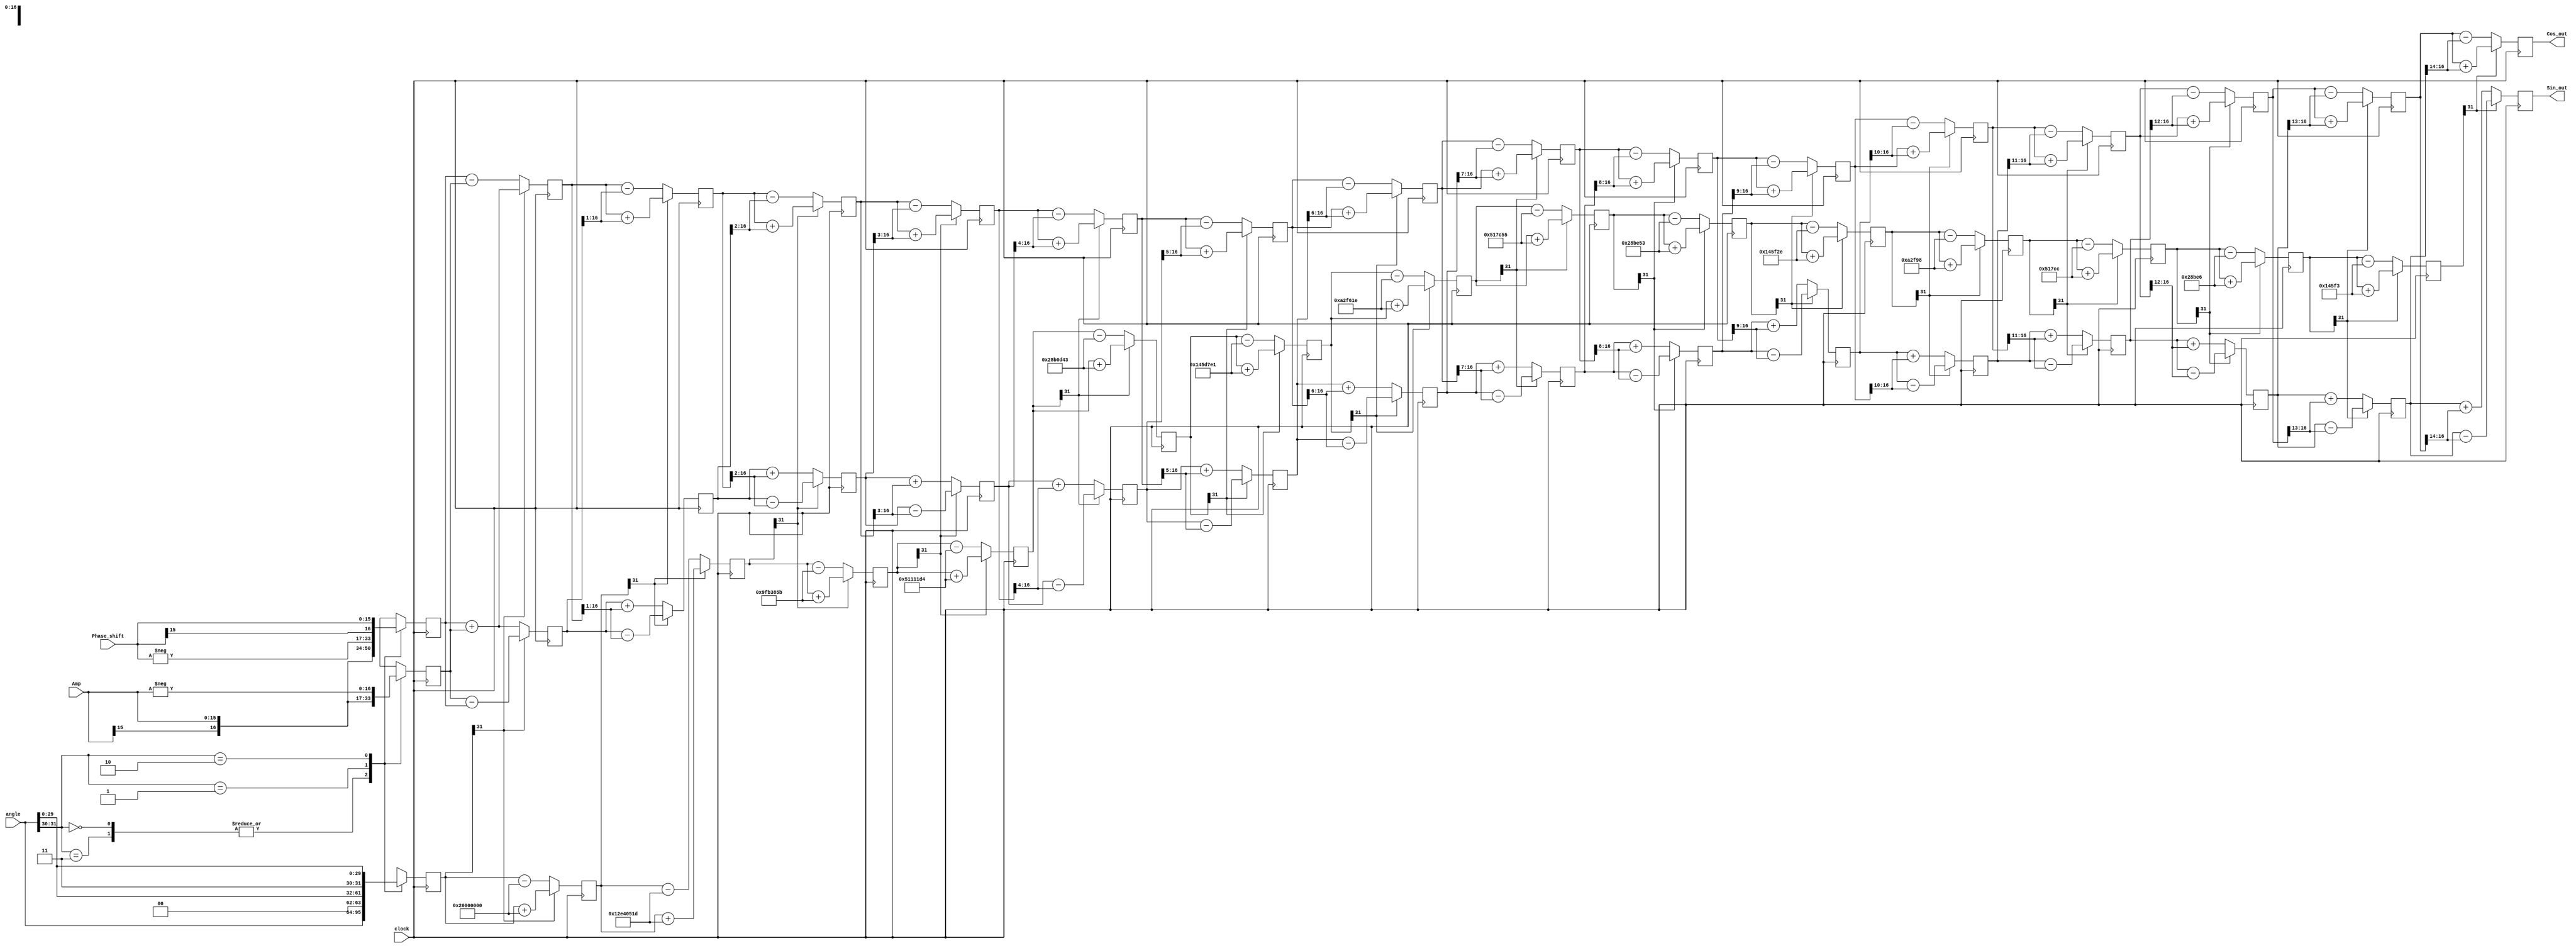
/*
Copyright (c) 2014-2022 Luiz Carlos Gili

Permission is hereby granted, free of charge, to any person obtaining a copy
of this software and associated documentation files (the "Software"), to deal
in the Software without restriction, including without limitation the rights
to use, copy, modify, merge, publish, distribute, sublicense, and/or sell
copies of the Software, and to permit persons to whom the Software is
furnished to do so, subject to the following conditions:

The above copyright notice and this permission notice shall be included in
all copies or substantial portions of the Software.

THE SOFTWARE IS PROVIDED "AS IS", WITHOUT WARRANTY OF ANY KIND, EXPRESS OR
IMPLIED, INCLUDING BUT NOT LIMITED TO THE WARRANTIES OF MERCHANTABILITY
FITNESS FOR A PARTICULAR PURPOSE AND NONINFRINGEMENT. IN NO EVENT SHALL THE
AUTHORS OR COPYRIGHT HOLDERS BE LIABLE FOR ANY CLAIM, DAMAGES OR OTHER
LIABILITY, WHETHER IN AN ACTION OF CONTRACT, TORT OR OTHERWISE, ARISING FROM,
OUT OF OR IN CONNECTION WITH THE SOFTWARE OR THE USE OR OTHER DEALINGS IN
THE SOFTWARE.
*/

// Language: Verilog 2001

`timescale 1 ns/100 ps
// angle 0 -> pi == 0 -> (1 << 32)
// 0 is -> pi/2 == (1 << 32) is -> pi/2  
module cordic(clock, angle, Amp, Phase_shift, Cos_out, Sin_out);
   
   parameter DATA_WIDTH = 16;   // bit width of input and output data
   
   localparam STG = DATA_WIDTH ; // similar bit width of vectors X and Y
   
   input            clock;
   
   input  signed    [31:0] angle;
   input  signed    [DATA_WIDTH -1:0] Amp;
   input  signed    [DATA_WIDTH -1:0] Phase_shift;
   output signed    [DATA_WIDTH :0] Cos_out;
   output signed    [DATA_WIDTH :0] Sin_out;
   
   //arctan_table
   
   // Note: The atan_table was chosen to be 31 bits wide giving resolution up to atan(2^-30)
   wire signed [31:0] atan_table [0:30];
   
   // upper 2 bits = 2'b00 which represents 0 - PI/2 range
   // upper 2 bits = 2'b01 which represents PI/2 to PI range
   // upper 2 bits = 2'b10 which represents PI to 3*PI/2 range (i.e. -PI/2 to -PI)
   // upper 2 bits = 2'b11 which represents 3*PI/2 to 2*PI range (i.e. 0 to -PI/2)
   // The upper 2 bits therefore tell us which quadrant we are in.
   assign atan_table[00] = 32'b00100000000000000000000000000000; // 45.000 degrees -> atan(2^0)
   assign atan_table[01] = 32'b00010010111001000000010100011101; // 26.565 degrees -> atan(2^-1)
   assign atan_table[02] = 32'b00001001111110110011100001011011; // 14.036 degrees -> atan(2^-2)
   assign atan_table[03] = 32'b00000101000100010001000111010100; // atan(2^-3)
   assign atan_table[04] = 32'b00000010100010110000110101000011;
   assign atan_table[05] = 32'b00000001010001011101011111100001;
   assign atan_table[06] = 32'b00000000101000101111011000011110;
   assign atan_table[07] = 32'b00000000010100010111110001010101;
   assign atan_table[08] = 32'b00000000001010001011111001010011;
   assign atan_table[09] = 32'b00000000000101000101111100101110;
   assign atan_table[10] = 32'b00000000000010100010111110011000;
   assign atan_table[11] = 32'b00000000000001010001011111001100;
   assign atan_table[12] = 32'b00000000000000101000101111100110;
   assign atan_table[13] = 32'b00000000000000010100010111110011;
   assign atan_table[14] = 32'b00000000000000001010001011111001;
   assign atan_table[15] = 32'b00000000000000000101000101111101;
   assign atan_table[16] = 32'b00000000000000000010100010111110;
   assign atan_table[17] = 32'b00000000000000000001010001011111;
   assign atan_table[18] = 32'b00000000000000000000101000101111;
   assign atan_table[19] = 32'b00000000000000000000010100011000;
   assign atan_table[20] = 32'b00000000000000000000001010001100;
   assign atan_table[21] = 32'b00000000000000000000000101000110;
   assign atan_table[22] = 32'b00000000000000000000000010100011;
   assign atan_table[23] = 32'b00000000000000000000000001010001;
   assign atan_table[24] = 32'b00000000000000000000000000101000;
   assign atan_table[25] = 32'b00000000000000000000000000010100;
   assign atan_table[26] = 32'b00000000000000000000000000001010;
   assign atan_table[27] = 32'b00000000000000000000000000000101;
   assign atan_table[28] = 32'b00000000000000000000000000000010;
   assign atan_table[29] = 32'b00000000000000000000000000000001; // atan(2^-29)
   assign atan_table[30] = 32'b00000000000000000000000000000000;
   
   //------------------------------------------------------------------------------
   //                              registers
   //------------------------------------------------------------------------------
   
   //stage outputs
   reg signed [DATA_WIDTH :0] X [0:STG-1];
   reg signed [DATA_WIDTH :0] Y [0:STG-1];
   reg signed    [31:0] Z [0:STG-1]; // 32bit
   
   //------------------------------------------------------------------------------
   //                               stage 0
   //------------------------------------------------------------------------------
   wire                 [1:0] quadrant;
   assign   quadrant = angle[31:30];
   
   always @(posedge clock)
   begin // make sure the rotation angle is in the -pi/2 to pi/2 range.  If not then pre-rotate
      case (quadrant)
         2'b00,
         2'b11:   // no pre-rotation needed for these quadrants
         begin    // X[n], Y[n] is 1 bit larger than Amp, Phase_shift, but Verilog handles the assignments properly
            X[0] <= Amp;
            Y[0] <= Phase_shift;
            Z[0] <= angle;
         end
         
         2'b01:
         begin
            X[0] <= -Phase_shift;
            Y[0] <= Amp;
            Z[0] <= {2'b00,angle[29:0]}; // subtract pi/2 from angle for this quadrant
         end
         
         2'b10:
         begin
            X[0] <= Phase_shift;
            Y[0] <= -Amp;
            Z[0] <= {2'b11,angle[29:0]}; // add pi/2 to angle for this quadrant
         end
         
      endcase
   end
   
   //------------------------------------------------------------------------------
   //                           generate stages 1 to STG-1
   //------------------------------------------------------------------------------
   genvar i;

   generate
   for (i=0; i < (STG-1); i=i+1)
   begin: XYZ
      wire                   Z_sign;
      wire signed  [DATA_WIDTH :0] X_shr, Y_shr; 
   
      assign X_shr = X[i] >>> i; // signed shift right
      assign Y_shr = Y[i] >>> i;
   
      //the sign of the current rotation angle
      assign Z_sign = Z[i][31]; // Z_sign = 1 if Z[i] < 0
   
      always @(posedge clock)
      begin
         // add/subtract shifted data
         X[i+1] <= Z_sign ? X[i] + Y_shr         : X[i] - Y_shr;
         Y[i+1] <= Z_sign ? Y[i] - X_shr         : Y[i] + X_shr;
         Z[i+1] <= Z_sign ? Z[i] + atan_table[i] : Z[i] - atan_table[i];
      end
   end
   endgenerate
   
   
   //------------------------------------------------------------------------------
   //                                 output
   //------------------------------------------------------------------------------
   assign Cos_out = X[STG-1];
   assign Sin_out = Y[STG-1];


   endmodule